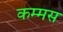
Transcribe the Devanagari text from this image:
कम्मस